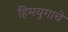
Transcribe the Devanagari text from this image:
हिमयुगाचे